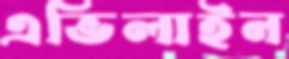
এভিলাইন